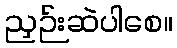
ညှဉ်းဆဲပါစေ။